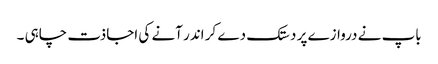
باپ نے دروازے پر دستک دے کر اندر آنے کی اجاذت چاہی ۔